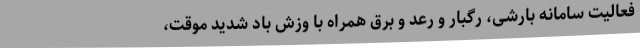
فعالیت سامانه بارشی، رگبار و رعد و برق همراه با وزش باد شدید موقت،